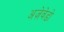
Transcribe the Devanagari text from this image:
अज़ेवेडो